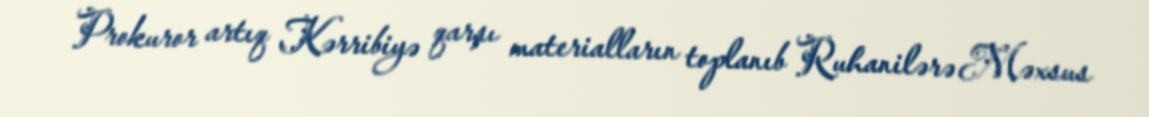
Prokuror artıq Kərribiyə qarşı materialların toplanıb Ruhanilərə Məxsus